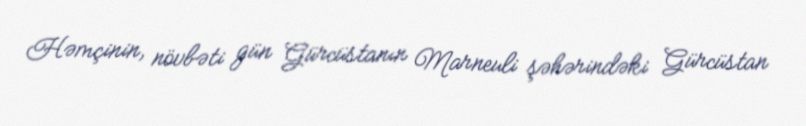
Həmçinin, növbəti gün Gürcüstanın Marneuli şəhərindəki Gürcüstan